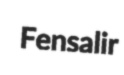
Fensalir